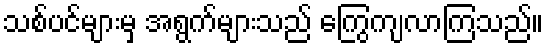
သစ်ပင်များမှ အရွက်များသည် ကြွေကျလာကြသည်။